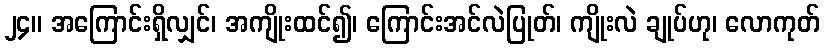
၂၄။ အကြောင်းရှိလျှင်၊ အကျိုးထင်၍၊ ကြောင်းအင်လဲပြုတ်၊ ကျိုးလဲ ချုပ်ဟု၊ လောကုတ်